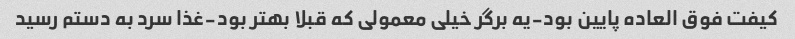
کیفت فوق العاده پایین بود-یه برگر خیلی معمولی که قبلا بهتر بود-غذا سرد به دستم رسید